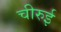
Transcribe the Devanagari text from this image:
चीरुई